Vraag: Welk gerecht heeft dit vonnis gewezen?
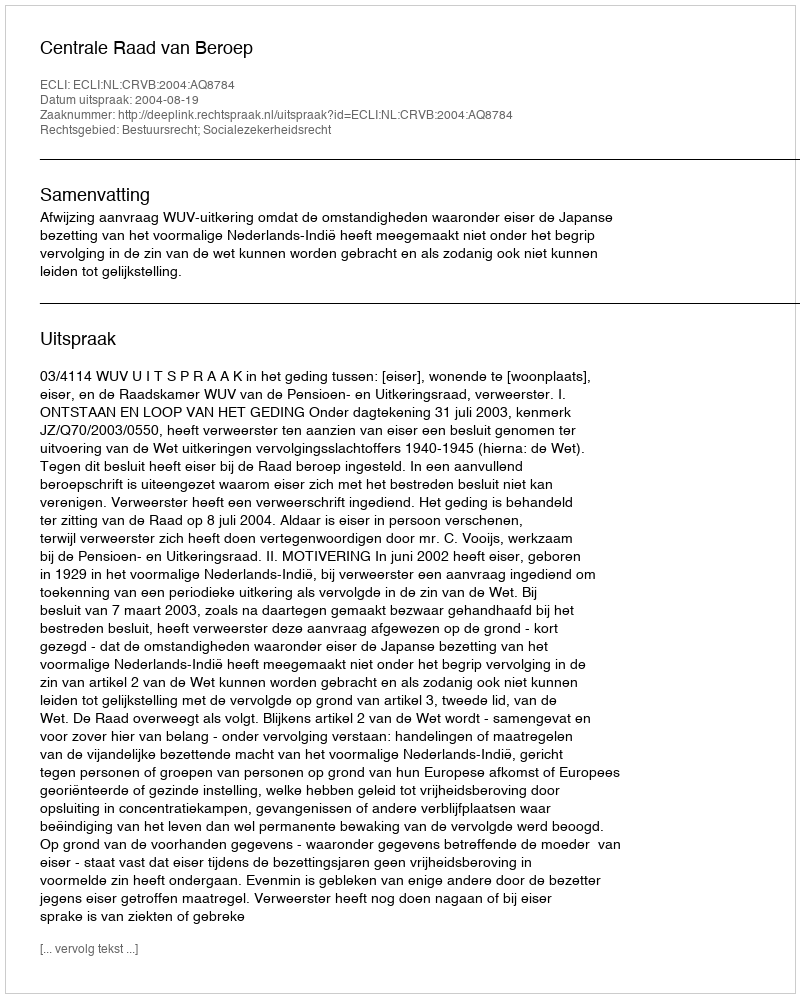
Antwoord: Centrale Raad van Beroep